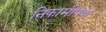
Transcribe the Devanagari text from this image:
निकामीपण